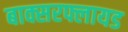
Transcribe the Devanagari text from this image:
बाक्सरफ्लायड